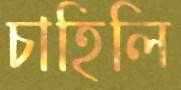
চাহিলি